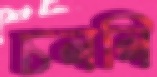
চললি